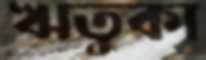
ঋতুকা